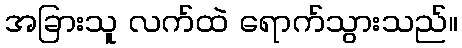
အခြားသူ လက်ထဲ ရောက်သွားသည်။